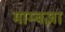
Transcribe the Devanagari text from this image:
माम्बज़ा